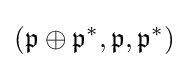
({\mathfrak {p}}\oplus {\mathfrak {p}}^{*},{\mathfrak {p}},{\mathfrak {p}}^{*})